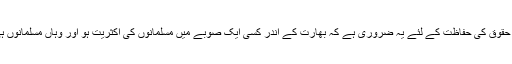
بھارتی مسلمانوں کے حقوق کی حفاظت کے لئے یہ ضروری ہے کہ بھارت کے اندر کسی ایک صوبے میں مسلمانوں کی اکثریت ہو اور وہاں مسلمانوں ہی کی حکومت قائم ہو۔